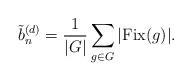
LaTeX: \begin{align*}\tilde{b}_n^{(d)}=\dfrac{1}{|G|}\sum\limits_{g\in G}|{\rm Fix}(g)|.\end{align*}